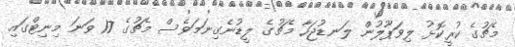
މެޗުގެ ކުރީކޮޅު ލިވަޕޫލުން ލަނޑުޖަހާ މެޗުގެ ލީޑުނެގިނަމަވެސް މެޗުގެ 17 ވަނަ މިނިޓްގައި